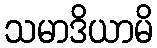
သမာဒိယာမိ